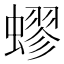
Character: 蟉